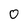
Character: 0